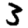
Digit: 3